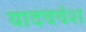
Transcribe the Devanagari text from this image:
यादववंश